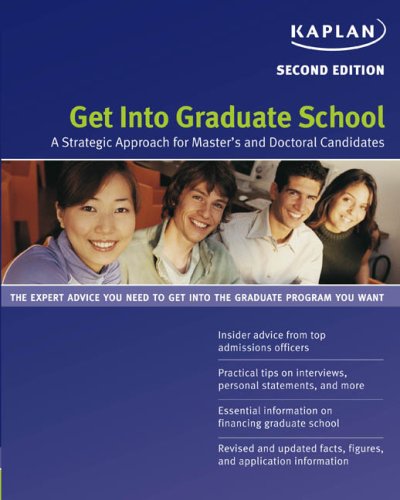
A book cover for Get Into Graduate School: A Strategic Approach for Master's and Doctoral Candidates; Kaplan; Test Preparation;